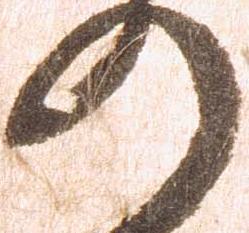
の